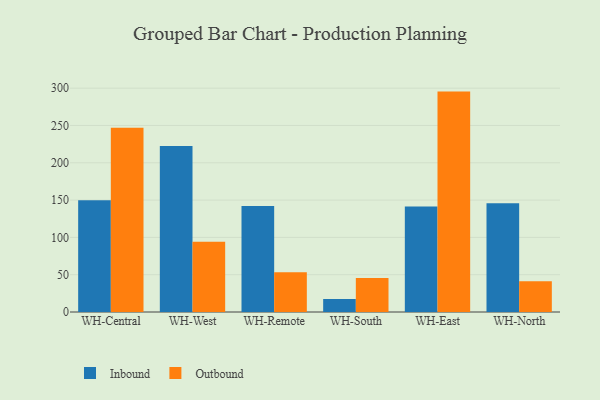
{"axis": {"x": "Warehouse", "y": "Bounce Rate (%)"}, "legend": ["Inbound", "Outbound"], "data": [{"x": "WH-Central", "y": 149.8, "type": "Inbound"}, {"x": "WH-Central", "y": 247.1, "type": "Outbound"}, {"x": "WH-West", "y": 222.4, "type": "Inbound"}, {"x": "WH-West", "y": 94.3, "type": "Outbound"}, {"x": "WH-Remote", "y": 142.0, "type": "Inbound"}, {"x": "WH-Remote", "y": 53.4, "type": "Outbound"}, {"x": "WH-South", "y": 17.3, "type": "Inbound"}, {"x": "WH-South", "y": 45.7, "type": "Outbound"}, {"x": "WH-East", "y": 141.5, "type": "Inbound"}, {"x": "WH-East", "y": 295.4, "type": "Outbound"}, {"x": "WH-North", "y": 145.7, "type": "Inbound"}, {"x": "WH-North", "y": 41.2, "type": "Outbound"}]}